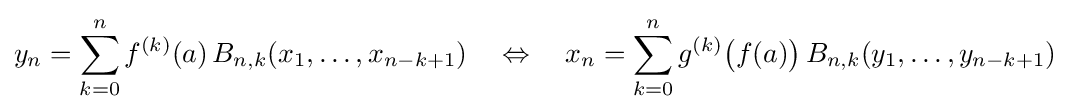
y_{n}=\sum _{k=0}^{n}f^{(k)}(a)\,B_{n,k}(x_{1},\ldots ,x_{n-k+1})\quad \Leftrightarrow \quad x_{n}=\sum _{k=0}^{n}g^{(k)}{\big (}f(a){\big )}\,B_{n,k}(y_{1},\ldots ,y_{n-k+1})